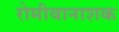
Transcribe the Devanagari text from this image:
रोमीबानाशक